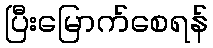
ပြီးမြောက်စေရန်